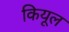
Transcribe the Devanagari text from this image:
कियूल